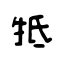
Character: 牴